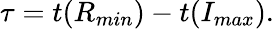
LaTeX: \tau=t(R_{min})-t(I_{max}).